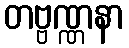
တဗ္ဗဏ္ဏနာ